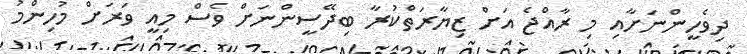
ދިވެހީންނަށާއި މި ރާއްޖެ އަށް ޒިޔާރަތްކުރާ ބިދޭސީންނަށް ވެސް މިއީ ވަރަށް މުހިންމު